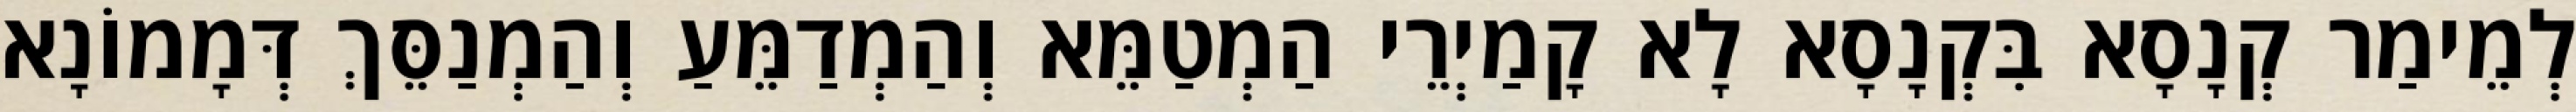
לְמֵימַר קְנָסָא בִּקְנָסָא לָא קָמַיְרֵי הַמְטַמֵּא וְהַמְדַמֵּעַ וְהַמְנַסֵּךְ דְּמָמוֹנָא